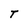
Character: T